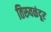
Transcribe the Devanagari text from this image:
तिरुवळंदूर